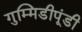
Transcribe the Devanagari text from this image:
गुम्मिडीपूंडी